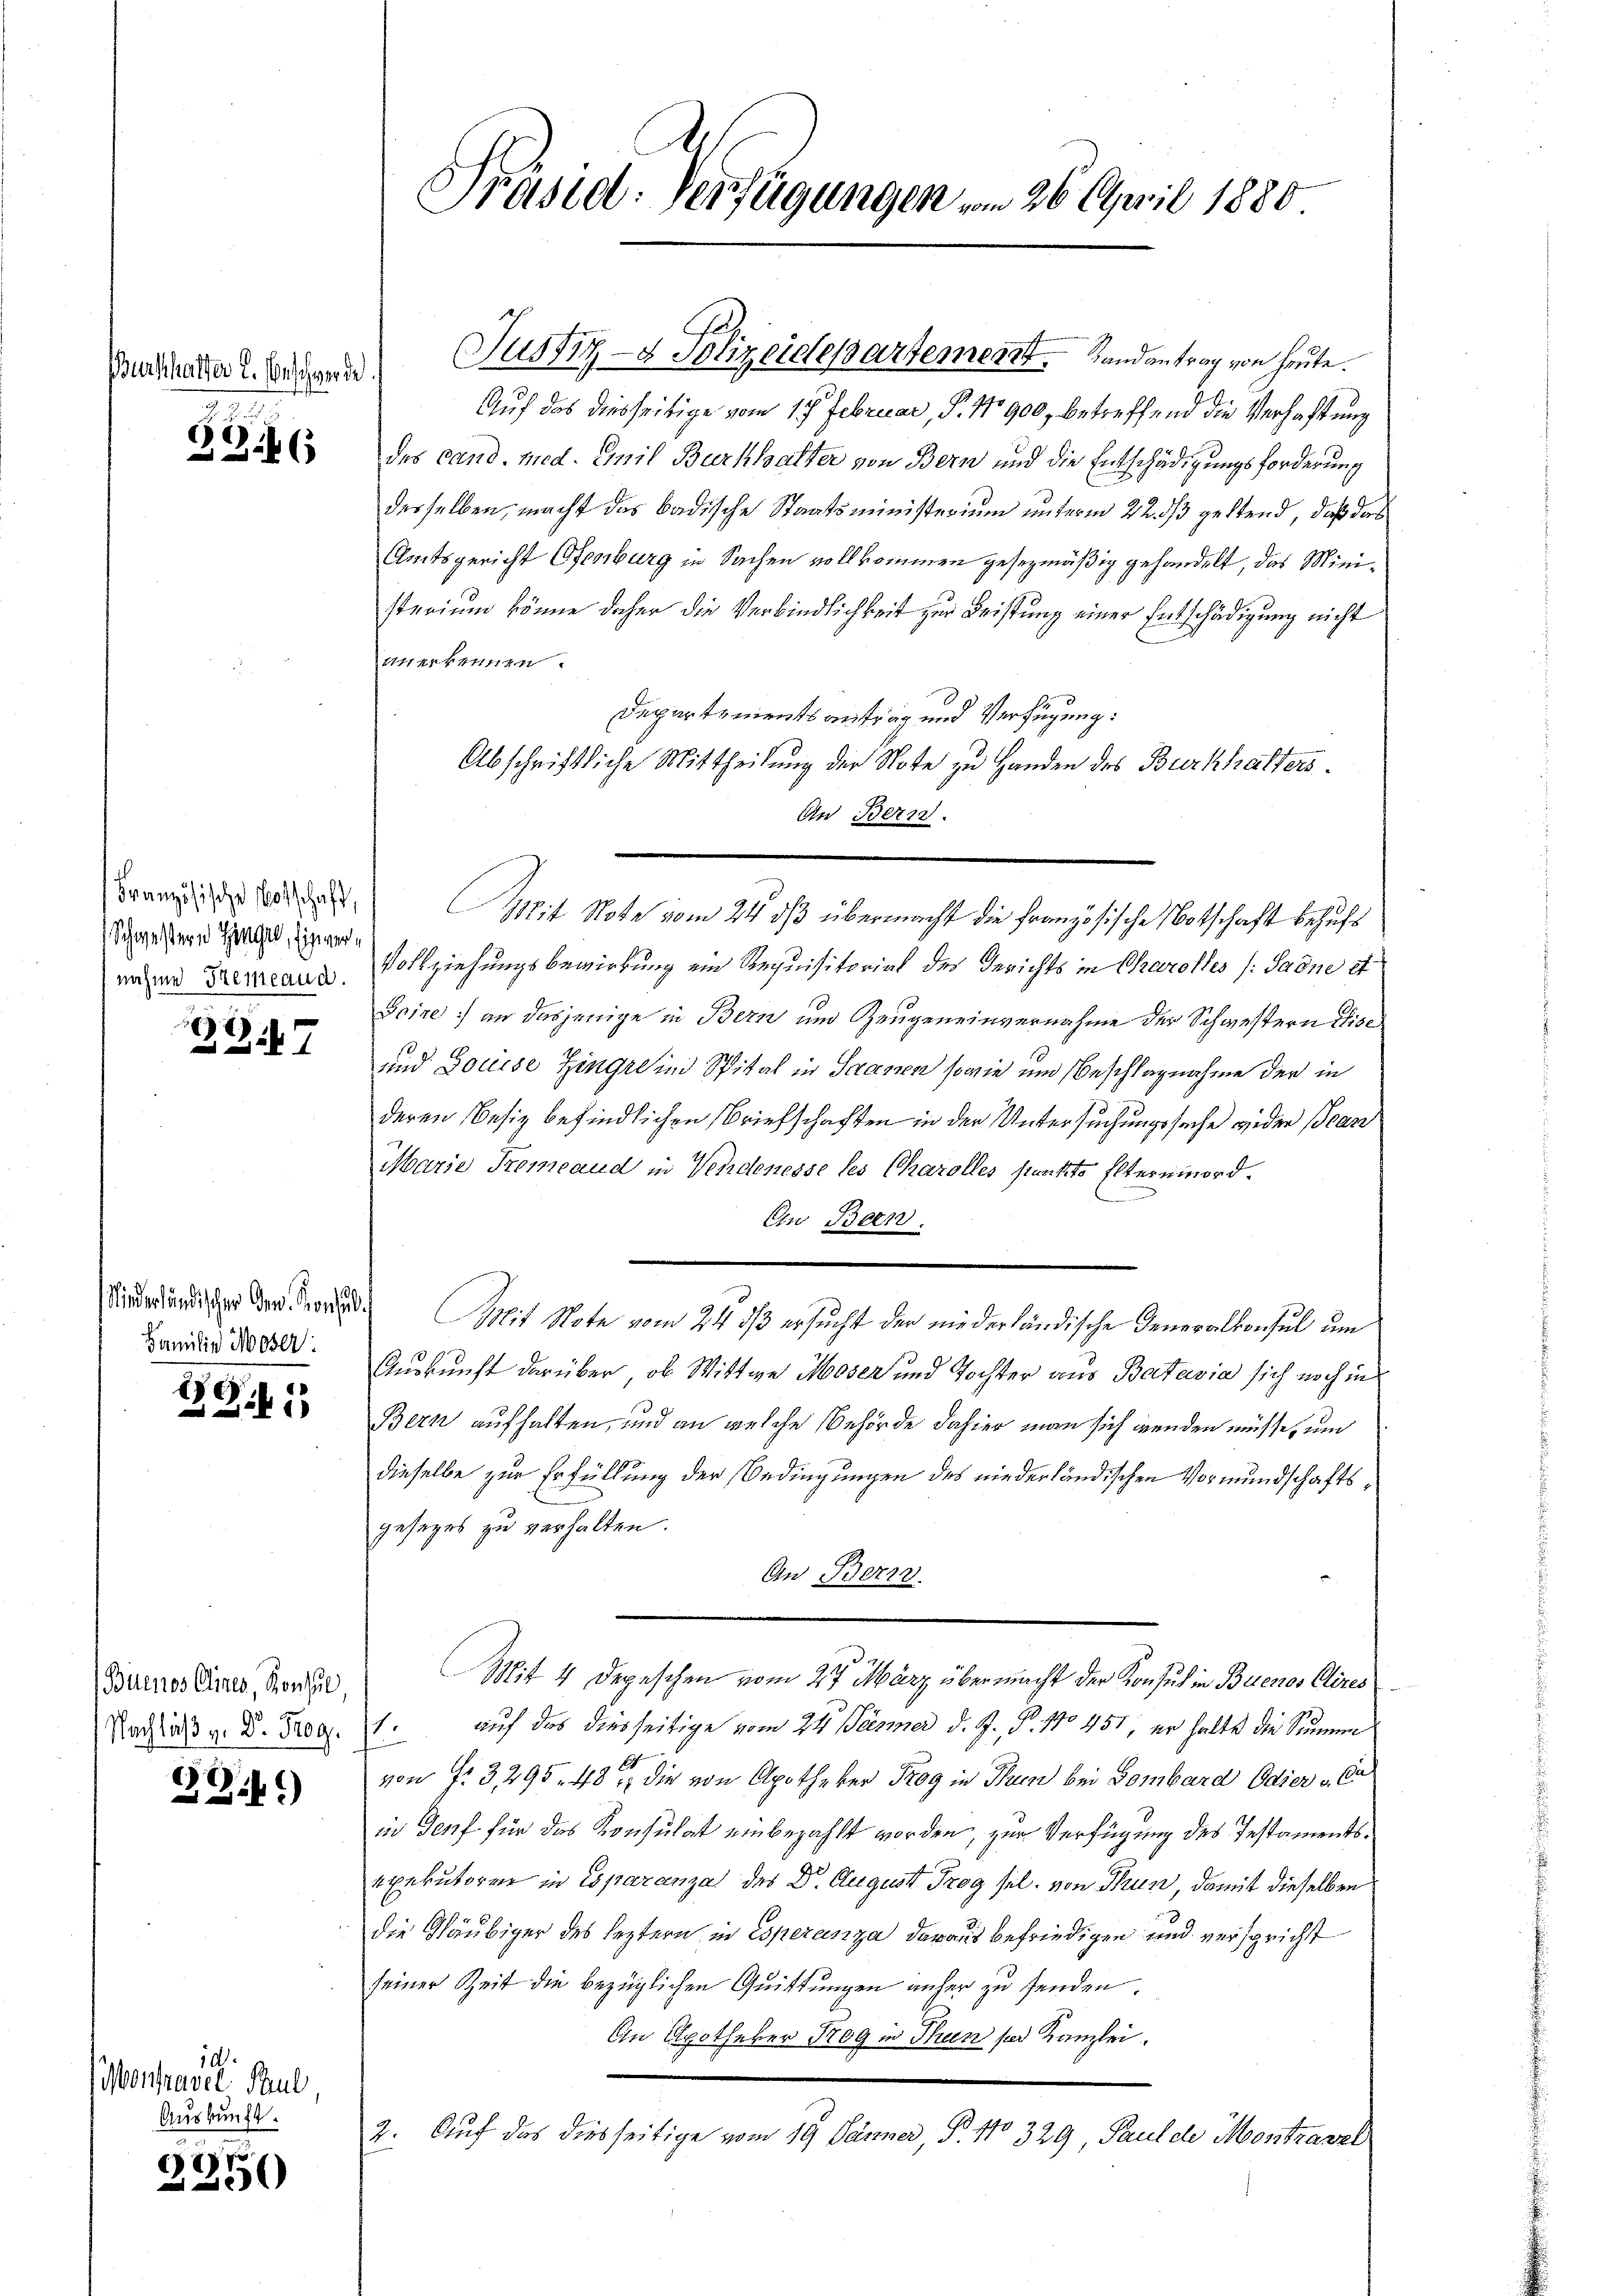
Burschafter E. Beschwerde

e
3816

Französische Botschaft,
Schweistern Hinger, Einvernahme Hemaud.

347

Niederländischen Gen. Konsul¬
Familie Moser

6)
1

Buenos Aires, Konsul
Nachlich u. Dr. Prog

ZG.)

10.
Montravel Paul,
Auskunft.

.
200

Präsid: Verfügungen vom 26. April 1880

Auf das diesseitige vom 1. Februar, P. 1900, betreffend die Verhaftung
des cand. med. Emil Burkhalter von Bern und die Entschädigungsforderung
desselben, macht das badische Staatsministerium unterm 22. ds geltend, daß das
Amtsgericht Ofenburg in Sachen vollkommen gesezmäßig gehandelt, das Ministerium könne daher die Verbindlichkeit zur Leistung einer Entschädigung nicht
anerkennen.
Departementsantrag und Verfügung:
Abschriftliche Mittheilung der Note zu Handen des Burkhalters
An Bern.
Mit Note vom 24. dβ übermacht die französische Notschaft behufs
Vollziehungsbewirkung ein Requisitorial des Gerichts in Charolles (Sadne d
Seine an dasjenige in Bern und Zeugeneinvernahme der Schwestern Fisc
und Louise Zingri in Spital in Saanen sowie und Beschlagnahme der in
deren Besiz befindlichen Briefschaften in der Untersuchungssache wieder Bean
Marie Fremeaud in Vendenesse les Charolles punkte Elternmord¬
Ein Bern.
Mit Note vom 24. ds ersucht der niederländische Generalkonsul um
Auskunft darüber, ob Wittwe Moser und Tochter aus Batavia sich noch in
Bern aufhalten, und an welche Behörde dahier man sich wenden müsse, um
dieselbe zur Erfüllung der Bedingungen des niederländischen Vormundschaftsgesezes zu verhalten.
An Bern.
Mit 4 Depeschen vom 27. März über macht der Konsul in Buenos Clires
auf das diesseitige vom 24. Teeser d. J. P. 170 451, er halte die Summe
.
von f. 3, 295. 48, die von Apotheker Trog in Thun bei Bombard Odier v. Ca
in Genf für das Konsulat einbezahlt worden, zur Verfügung des Testamentsexekutoren in Esparanza des Dr. August Trog sel. von Thun, damit dieselben
die Gläubiger des leztern in Esperanza daraus befriedigen und verspricht
seiner Zeit die bezüglichen Quittungen anher zu senden.
An Apotheker Trog in Thun ser Kanzlei.
2. Auf das diesseitige vom 19. Jänner P. No 329, Paul de Moritzanzl

Justiz- & Polizeidepartement. Landantrag von heute.